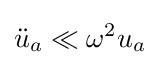
{\ddot {u}}_{a}\ll \omega ^{2}u_{a}